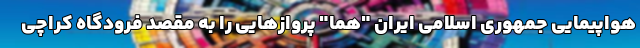
هواپیمایی جمهوری اسلامی ایران "هما" پروازهایی را به مقصد فرودگاه کراچی